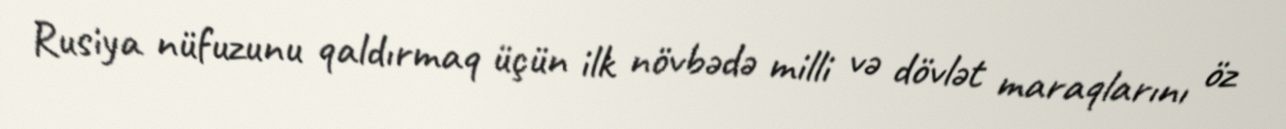
Rusiya nüfuzunu qaldırmaq üçün ilk növbədə milli və dövlət maraqlarını öz